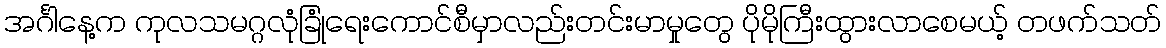
အင်္ဂါနေ့က ကုလသမဂ္ဂလုံခြုံရေးကောင်စီမှာလည်းတင်းမာမှုတွေ ပိုမိုကြီးထွားလာစေမယ့် တဖက်သတ်